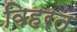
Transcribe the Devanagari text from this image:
विहरत